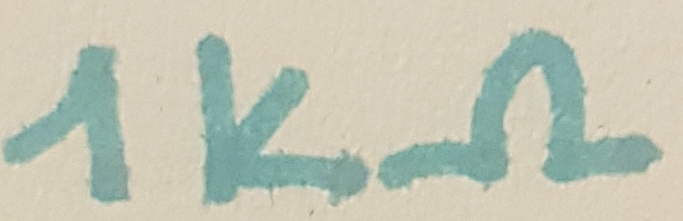
Text: 1kΩ